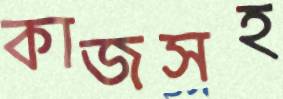
কাজসহ